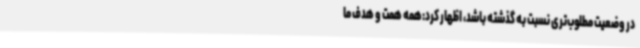
در وضعیت مطلوب‌تری نسبت به گذشته باشد، اظهار کرد:همه همت و هدف ما